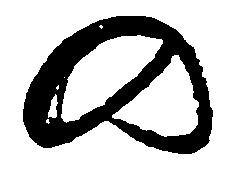
の